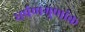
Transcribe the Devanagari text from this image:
घर्षणगुणांक